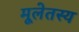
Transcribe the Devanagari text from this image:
मूलेतस्य